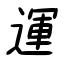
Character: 運